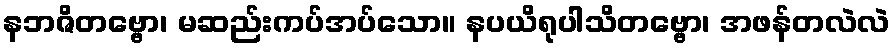
နဘဇိတဗ္ဗော၊ မဆည်းကပ်အပ်သော။ နပယိရုပါသိတဗ္ဗော၊ အဖန်တလဲလဲ